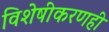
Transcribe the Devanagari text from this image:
विशेषीकरणही